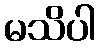
မသိပါ